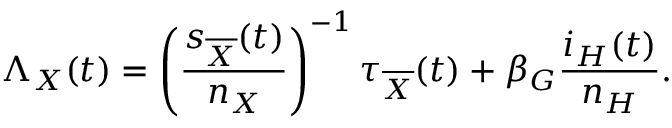
\Lambda _ { X } ( t ) = \left( \frac { s _ { \overline { { X } } } ( t ) } { n _ { X } } \right) ^ { - 1 } \tau _ { \overline { { X } } } ( t ) + \beta _ { G } \frac { i _ { H } ( t ) } { n _ { H } } .